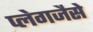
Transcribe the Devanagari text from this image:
प्लेगजैसे